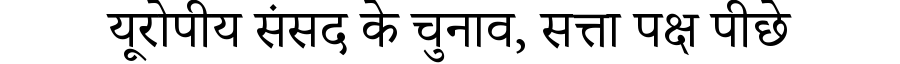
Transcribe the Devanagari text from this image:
यूरोपीय संसद के चुनाव, सत्ता पक्ष पीछे